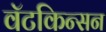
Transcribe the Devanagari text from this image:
वॅटकिन्सन